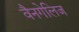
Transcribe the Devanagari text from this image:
वैनगेलिज